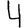
Digit: 4